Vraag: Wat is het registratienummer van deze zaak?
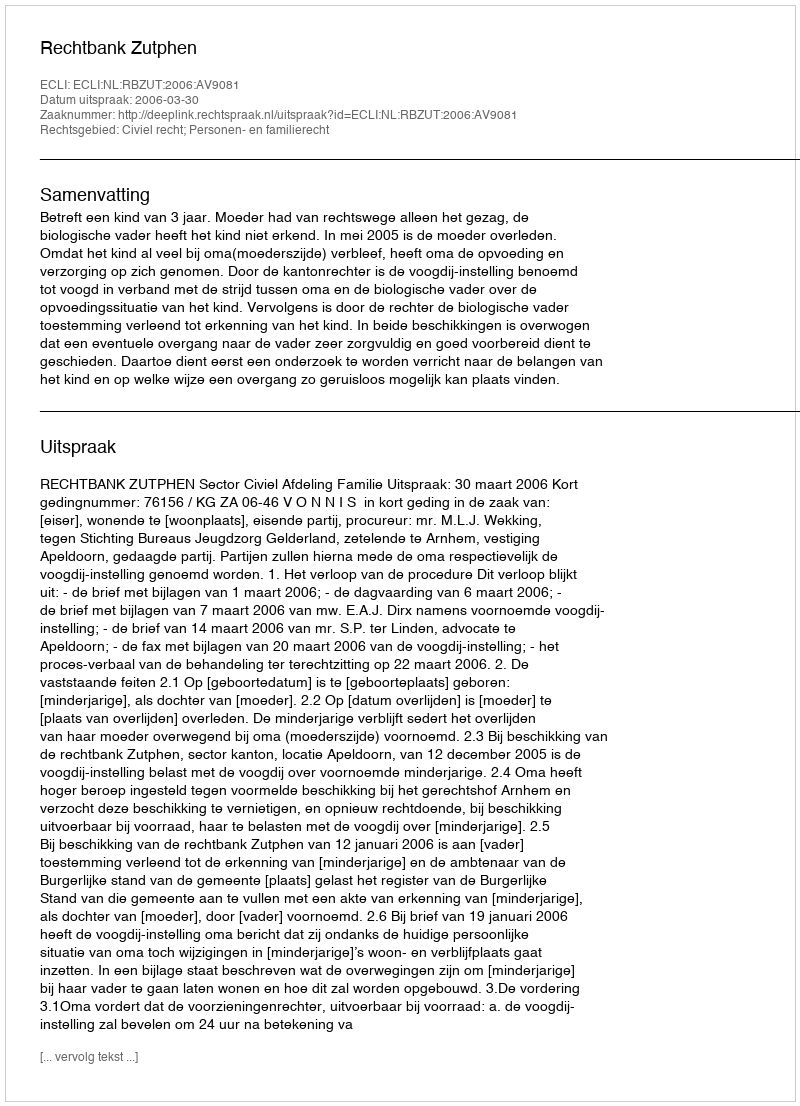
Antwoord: http://deeplink.rechtspraak.nl/uitspraak?id=ECLI:NL:RBZUT:2006:AV9081